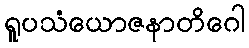
ရူပသံယောဇနာတိဂေါ